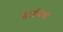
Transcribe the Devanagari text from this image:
इरानियों